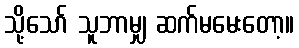
သို့သော် သူဘာမျှ ဆက်မမေးတော့။